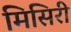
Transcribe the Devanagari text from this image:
मिसिरी